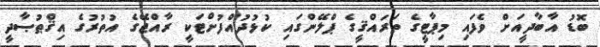
ބޮޑު އާބާދީއަށް ވެފައި މިޕާޓީގެ ތަރައްޤީގެ ޕްލޭންގައި ކުޅުދުއްފުށްޓަކީ ރާއްޖޭގެ އުތުރުގެ އިޤްޠުޞާދީ